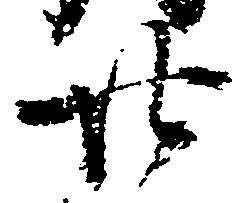
廿